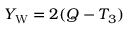
Y _ { \mathrm { W } } = 2 ( Q - T _ { 3 } )